Leaving Certificate Examination (including Day School Certificate (Higher) General paper), 1928
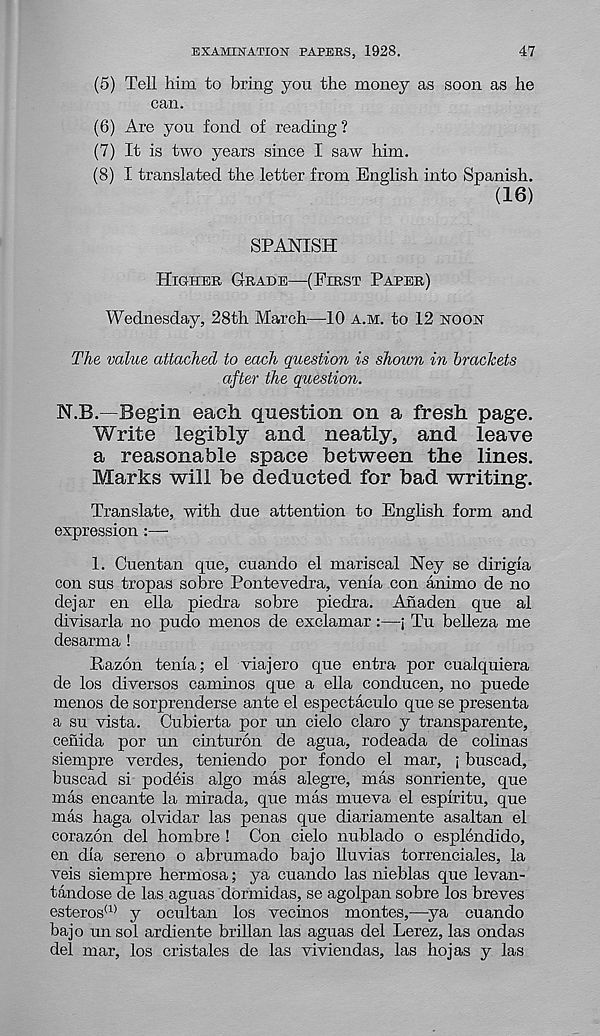
EXAMINATION PAPERS, 1928.
47
(5) Tell him to bring you the money as soon as he
can.
(6) Are you fond of reading ?
(7) It is two years since I saw him.
(8) I translated the letter from English into Spanish.
(16)
SPANISH
Higher, Grade—(First Paper)
Wednesday, 28th March—10 a.m. to 12 noon
The value attached to each question is shown in brackets
after the question.
N.B.—Begin each question on a fresh page.
Write legibly and neatly, and leave
a reasonable space between the lines.
Marks will be deducted for bad writing.
Translate, with due attention to English form and
expression:—
1. Cuentan que, cuando el mariscal Ney se dirigla
con sus tropas sobre Pontevedra, venia con animo de no
dejar en ella piedra sobre piedra. Anaden que al
divisarla no pudo menos de exclamar:—; Tu belleza me
desarma !
Pazon tenia; el viajero que entra por cualquiera
de los diversos caminos que a ella conducen, no puede
menos de sorprenderse ante el espectaculo que se presenta
a su vista. Cubierta por un cielo claro y transparente,
cenida por un cinturon de agua, rodeada de colinas
siempre verdes, teniendo por fondo el mar, j buscad,
buscad si podeis algo mas alegre, mas sonriente, que
mas encante la mirada, que mas mueva el espiritu, que
mas haga olvidar las penas que diariamente asaltan el
corazon del hombre ! Con cielo nublado o esplendido,
en dia sereno o abrumado bajo lluvias torrenciales, la
veis siempre hermosa; ya cuando las nieblas que levan-
tandose de las aguas dormidas, se agolpan sobre los breves
esteros (1> y ocultan los vecinos montes,—ya cuando
bajo un sol ardiente brillan las aguas del Lerez, las ondas
del mar, los cristales de las viviendas, las hojas y las